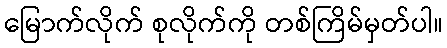
မြောက်လိုက် စုလိုက်ကို တစ်ကြိမ်မှတ်ပါ။